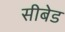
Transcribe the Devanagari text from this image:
सीबेड